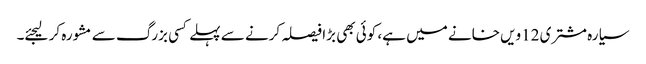
سیارہ مشتری 12ویں خانے میں ہے، کوئی بھی بڑا فیصلہ کرنے سے پہلے کسی بزرگ سے مشورہ کر لیجئے۔